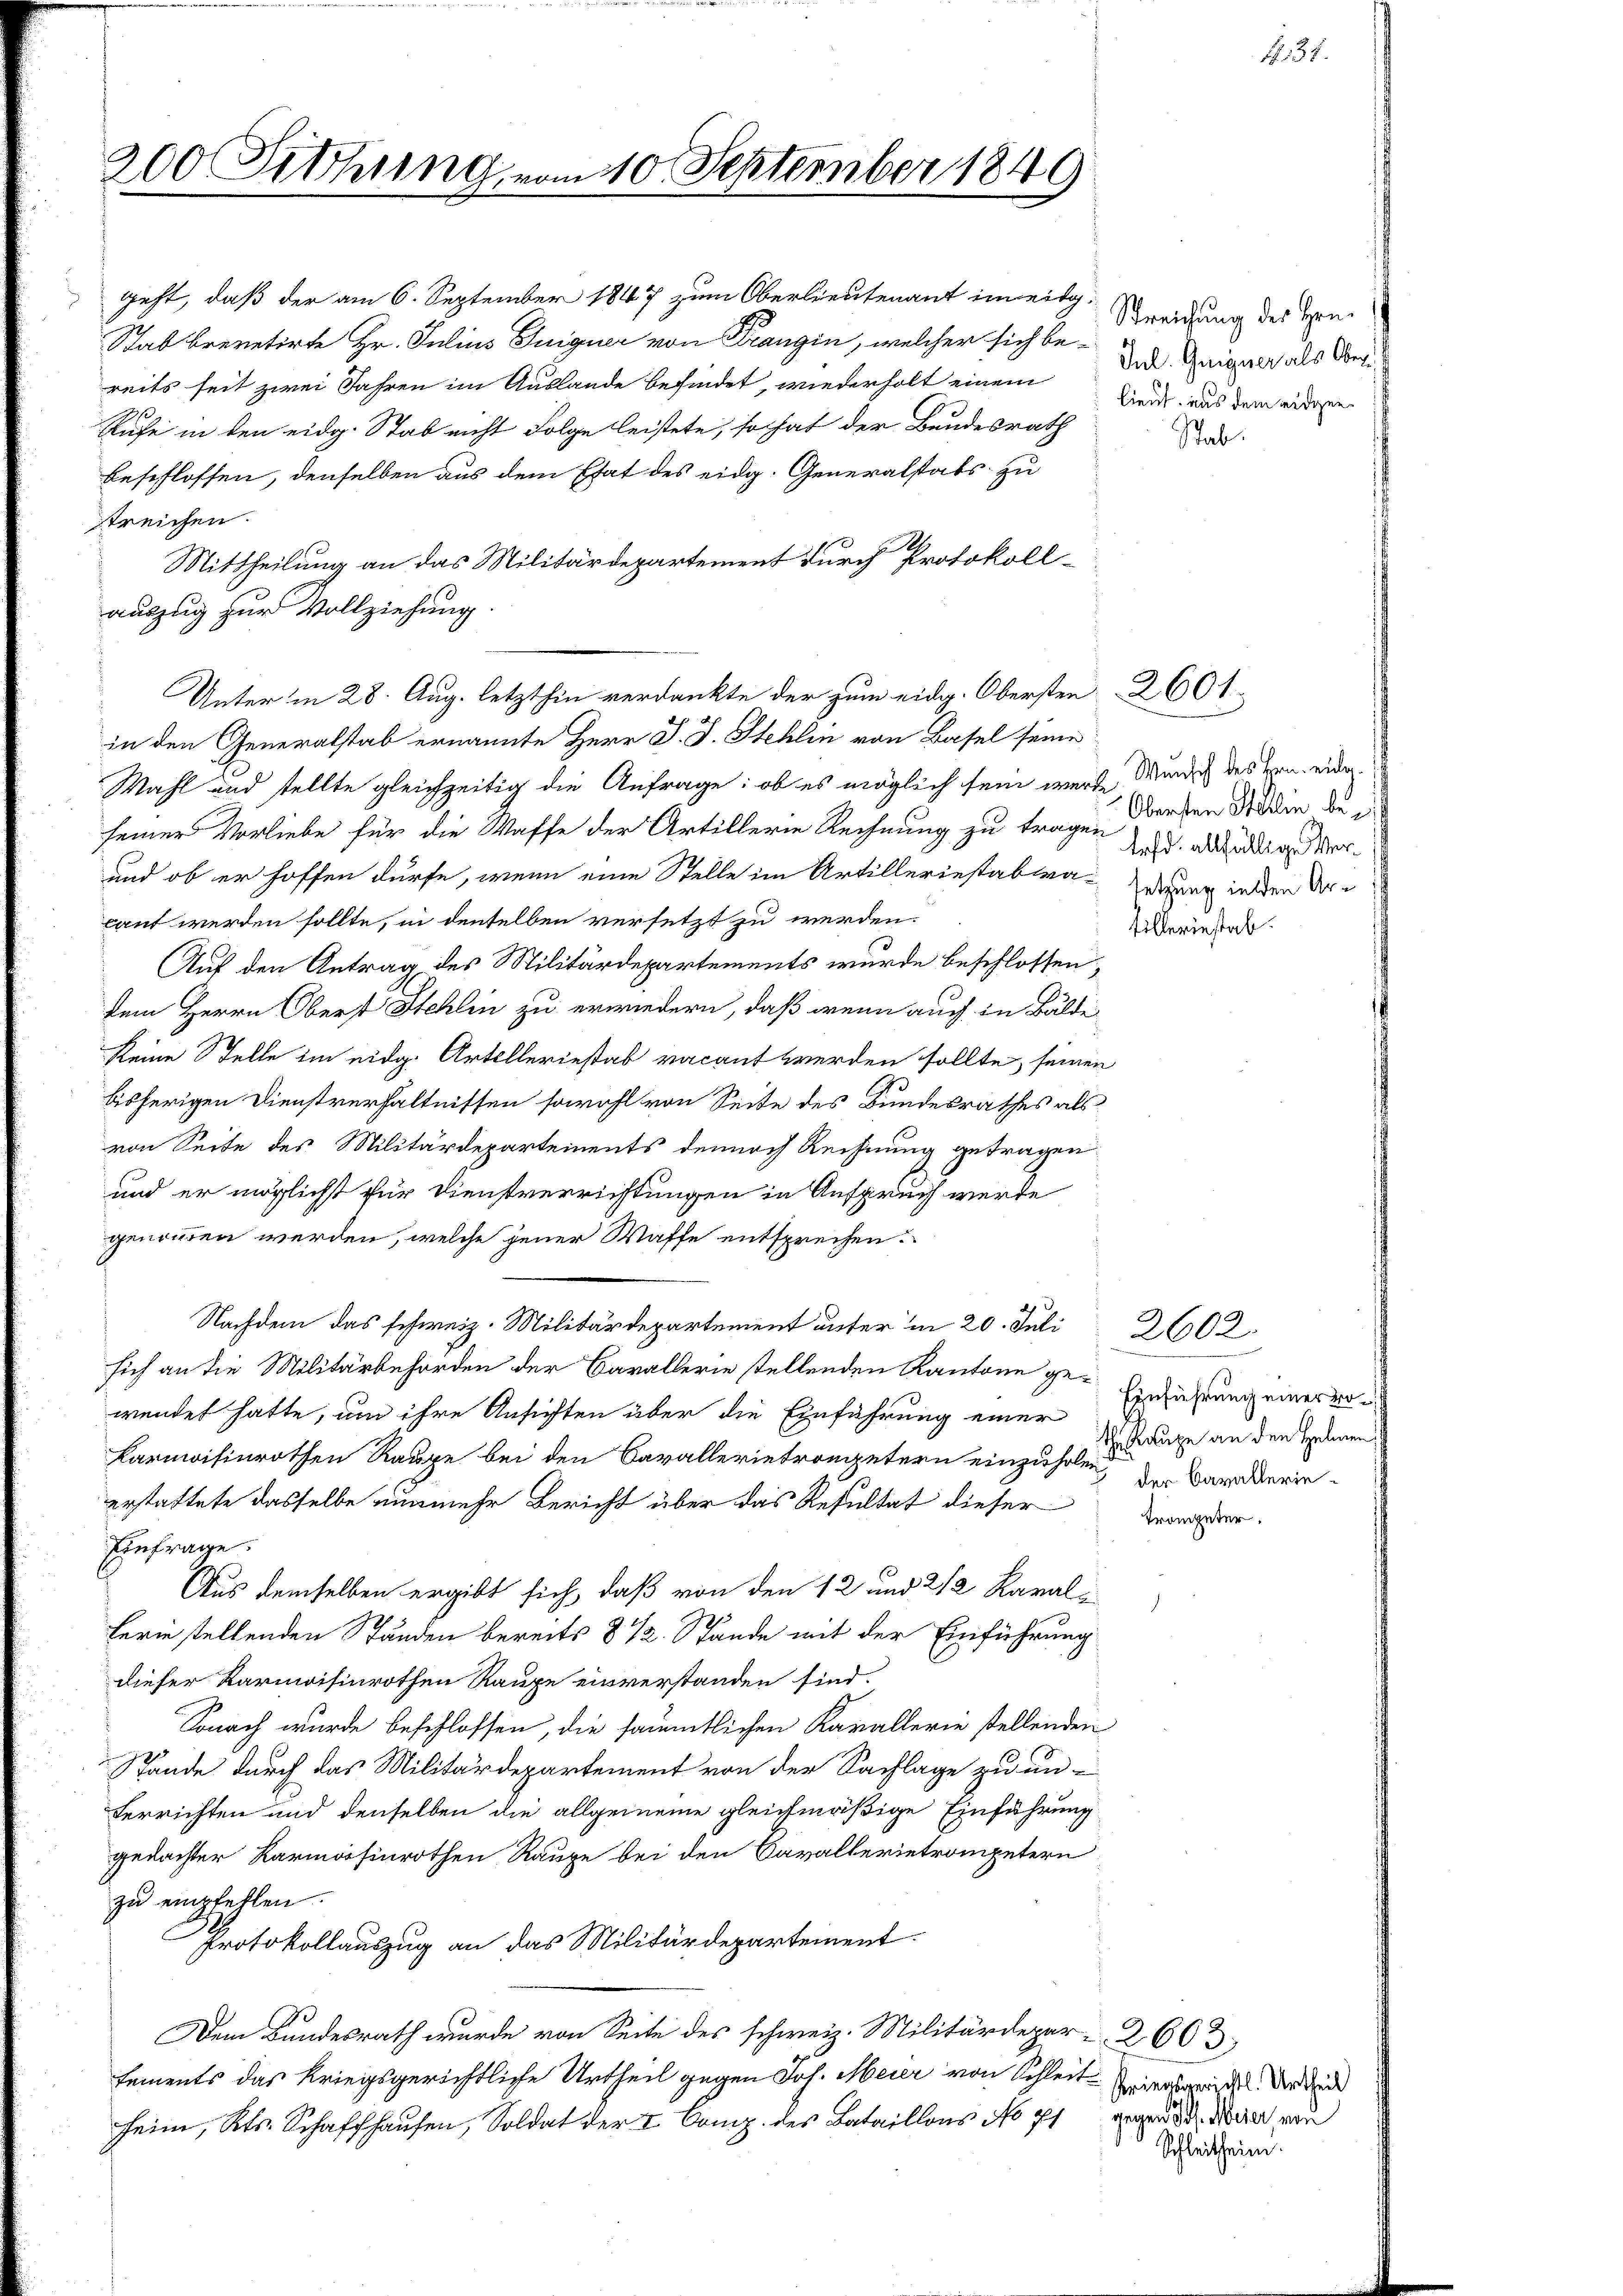
200 Sitzung

geht, daß der am 6. September 1847 zum Oberlieutenant inneig¬
Schab brevetirte Hr. Julius Suiguer von Drangin, welcher sich be-
reits seit zwei Jahren im Auslande befindet, wiederholt einem Beide aus dem eidgen
Rufe in den eidg. Stab nicht Folge leistete, so hat der Bundesrath
beschlossen, denselben aus dem Etat des eidg. Generalstabs zu
streichen.
Mittheilung an das Militärdepartement durch Protokoll-
auszug zur Vollziehung
Unter in 28. Aug. letzthin verdankte der zum eidg. Obersten 2601.
in den Generalstab ernannte Herr J. J. Stehlin von Basel seine
Wahl und stellte gleichzeitig die Anfrage: ob es möglich sein werde Mundich des Hrn. eider
seiner Vorliebe für die Waffe der Artillerie Rechnung zu tragen u. allerdig er
und ob er hoffen dürfe, wenn eine Stelle im Artilleriestabtracant werden sollte, in denselben versetzt zu werden.
Auf den Antrag des Militärdepartements wurde beschlossen,
dem Herrn Oberst Stehlin zu erwiedern, daß wenn auch in Bälde
Keine Stelle im eidg. Artelleriestab vacant werden sollte, seiner
bisherigen Dienstverhältnissen sowohl von Seite des Bundesrathes als
von Seite des Militärdepartements dennoch Rechnung getragen
und er möglicht für Dienstverrichtungen in Anspruch werde
genommen werden, welche jener Waffe entsprechen.
Nachdem das schweiz. Militärdepartement unter in 20. Juli 2602.
sich an die Militärbehörden der Carallerie stellenden Kantone gewendet hatte, um ihre Ansichten über die Einführung einer
karmoisinrothen Rauge bei den Barallerietrometern einzuholen des Daraderinerstattete dasselbe nunmehr Bericht über das Resultat dieser
Einfrage.
Aus demselben ergibt sich, daß von den 12 und 212 Karal-
ferin stellenden Ständen bereits 8 1/2. Stände mit der Einführung
dieser Karnoisinrothen Raupe einverstanden sind.
Sonach wurde beschlossen, die sämmtlichen Kavallerie stellenden
Stande durch das Militärdepartement von der Sachlage zu un-
Verrichten und denselben die allgemeine gleichmäßige Einführung
gedachter Karmössinrothen Rauxe bei den Cavallerietrompetern
zŭ empfehlen.
Protokollauszug an das Militärdepartement.
Dem Bundesrath wurde von Seite des schweiz. Militärdepar- 260
tements das kriegsgerichtliche Urtheil gegen Joh. Meier von Schleit hierbaris der die
heim, Kts. Schaffhausen, Soldat der I Comp. des Bataillons No 11 gegen Man von

110. September 1849

Streichung des Hrn.
Jul. Guigner als Ober¬

Obersten Stellin bezi
setzung in den Are
illeriestab.

Stab.

Franz

Einführung einer von
theauge an den Helmen.

Schleitheim.

No. 31.